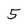
Character: 5